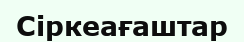
Сіркеағаштар